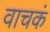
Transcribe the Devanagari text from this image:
वाचकं